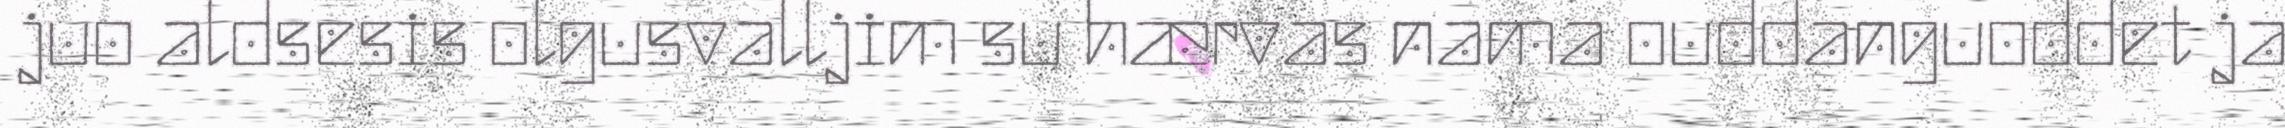
juo aldsesis olgusvalljim su hærvas nama ouddanguoddet ja